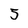
Character: 5